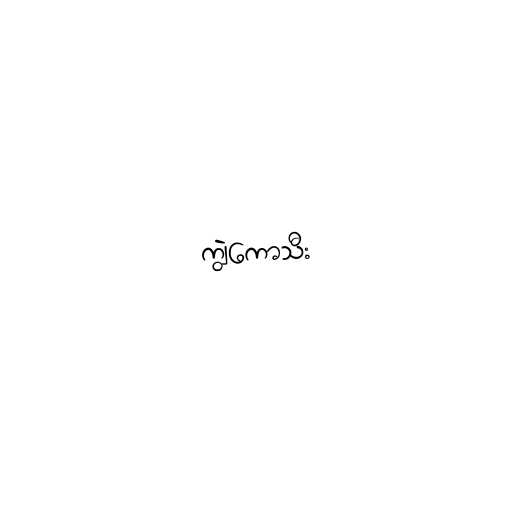
ကျွဲကောသီး